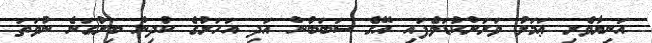
އަނިޔާވެރި ޢަމަލު ވަރަށްކުޑަވެފައި އޭގެ ސަބަބުން އަދި އަހަރުގެ ކުދިން ބިރުގަނެ ނުވަތަ